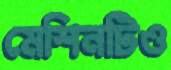
মেশিনটিও